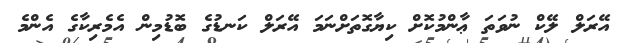
އޭރަލް ލޭކް ނުވަތަ ޢާންމުކޮށް ކިޔާގޮތަށްނަމަ އޭރަލް ކަނޑުގެ ބޮޑުމިން އެމެރިކާގެ އެންމެ